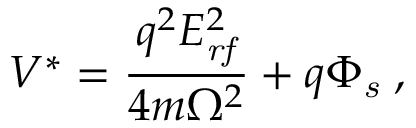
V ^ { * } = \frac { q ^ { 2 } E _ { \mathit { r f } } ^ { 2 } } { 4 m \Omega ^ { 2 } } + q \Phi _ { \mathit { s } } \; ,